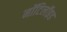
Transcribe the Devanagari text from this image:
नॉटिलॉइड